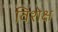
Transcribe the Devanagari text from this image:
विशेक्ष